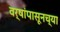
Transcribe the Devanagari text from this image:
वर्षांपासूनच्या